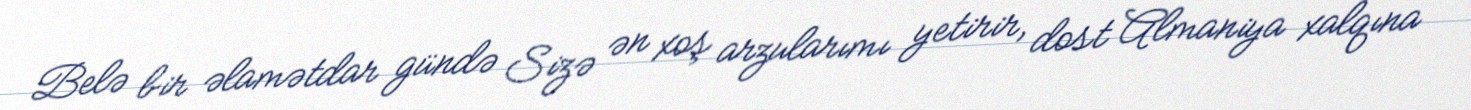
Belə bir əlamətdar gündə Sizə ən xoş arzularımı yetirir, dost Almaniya xalqına